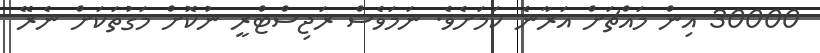
30000 އިން މައްޗަށް އަރާނެ ކަމަށެވެ. ނަމަވެސް ރަޖިސްޓްރީ ނުކޮށް މަގުތަކަށް ނެރޭ